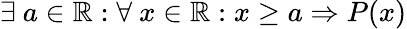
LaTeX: \exists~a\in\mathbb{R}:\forall~x\in\mathbb{R}:x\geq a\Rightarrow P(x)